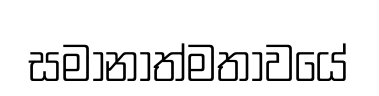
සමානාත්මතාවයේ